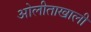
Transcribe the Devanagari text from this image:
ओलीताखाली